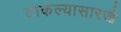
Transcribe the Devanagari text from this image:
टाकल्यासारखे